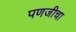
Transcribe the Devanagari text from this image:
पणजीचा